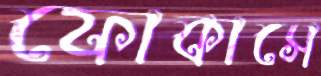
ফোকাসে